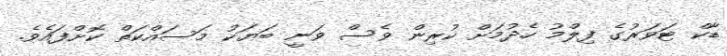
ޑާކް ޓަވަރުގެ ފިލްމު ހެދުމަށް ކުރިން ވެސް ވަނީ ބަޔަކު މަސައްކަތް ކޮށްފައެވެ.